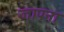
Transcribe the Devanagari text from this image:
जापना